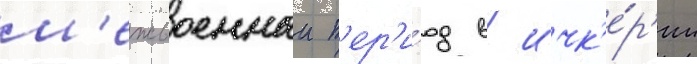
м'ежвоенныи п'ер'и́од в ичк'е́р'ии